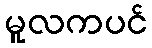
မူလကပင်